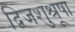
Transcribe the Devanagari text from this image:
द्विजशुश्रूषा